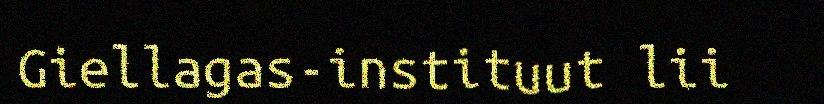
Giellagas-instituut lii